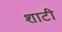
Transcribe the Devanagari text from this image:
शाटी